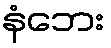
နံဘေး